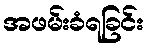
အဖမ်းခံရခြင်း